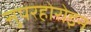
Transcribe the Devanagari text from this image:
सुपरहोरोइन